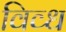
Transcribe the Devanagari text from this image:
विव्ध